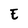
Character: E